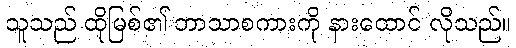
သူသည် ထိုမြစ်၏ ဘာသာစကားကို နားထောင် လိုသည်။